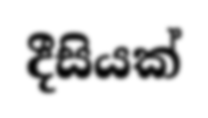
දීසියක්